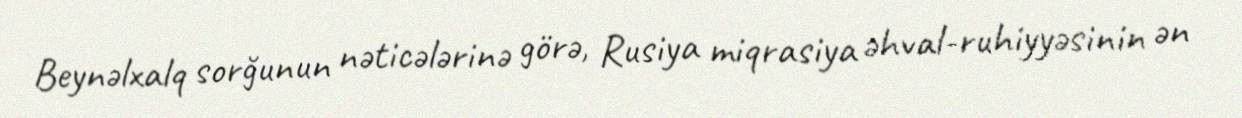
Beynəlxalq sorğunun nəticələrinə görə, Rusiya miqrasiya əhval-ruhiyyəsinin ən